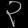
Digit: ၃